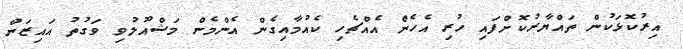
އިރުކޮޅަކުން ތައްޔާރުކޮށްފައި ހުރި އެހެން އެއްޗެހި ކެއުމާއިގެން އެންމެން މަޝްއޫލުވި ވަގުތު އައިޒަން